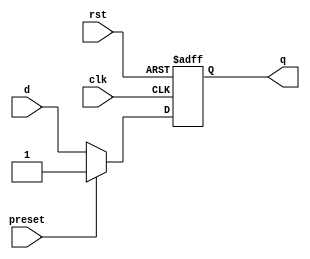
module async_preset_d_ff (
    input wire clk,
    input wire rst,
    input wire preset,
    input wire d,
    output reg q
);

always @(posedge clk or posedge rst)
begin
    if (rst)
        q <= 1'b0;
    else if (preset)
        q <= 1'b1;
    else
        q <= d;
end

endmodule